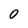
Character: O